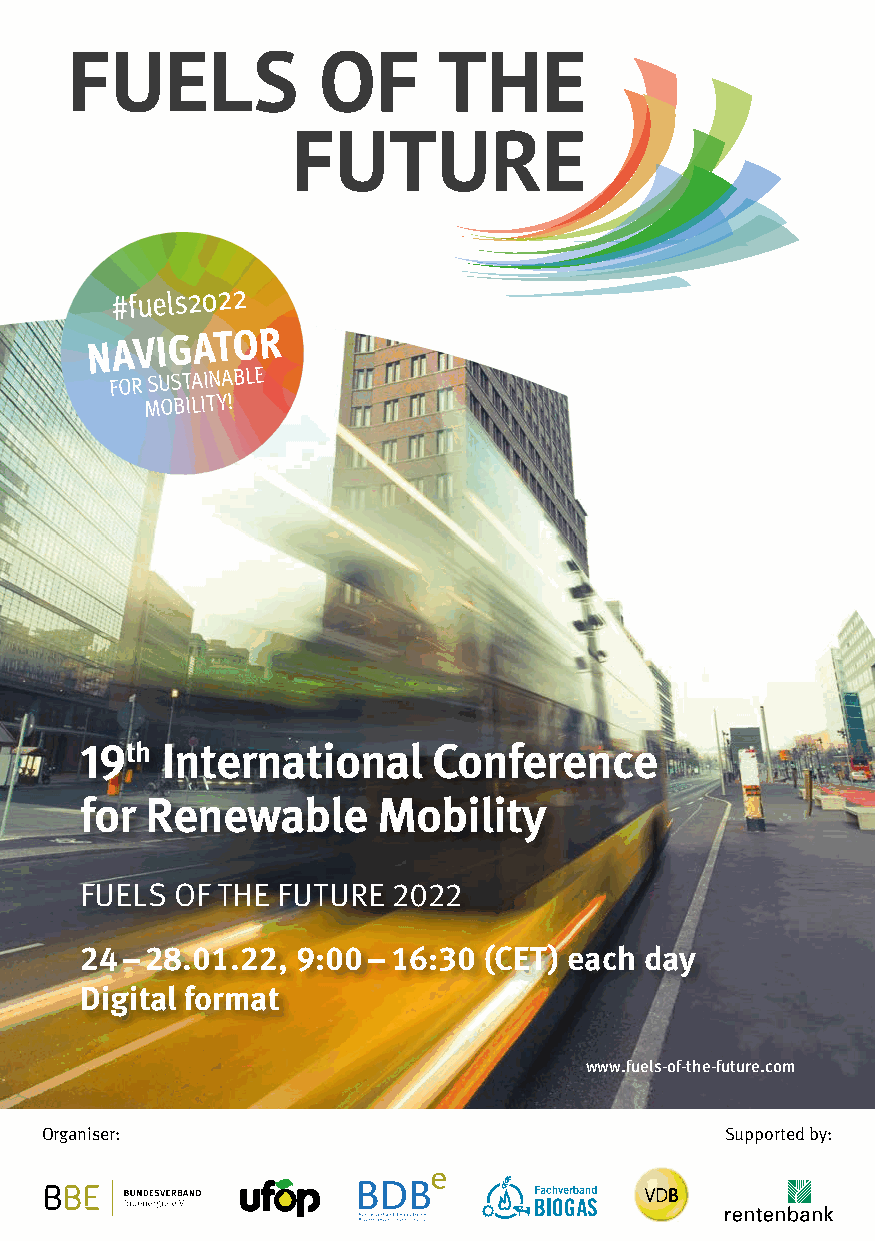
FUELS            OF      THE
 FUTURE
 #fuels2022
 NAVIGATOR
 FOR
 SUSTAINABLE
 MOBILITY!
 19th  International     Conference
 for  Renewable      Mobility
 FUELS OF THE FUTURE  2022
 24 – 28.01.22, 9:00 – 16:30 (CET) each day
 Digital format
 www.fuels-of-the-future.com
 Organiser:                                   Supported by: